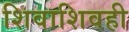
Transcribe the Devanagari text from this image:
शिवाशिवही